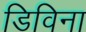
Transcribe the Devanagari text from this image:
डिविना